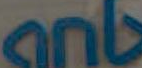
anb